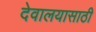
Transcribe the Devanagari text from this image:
देवालयासाठी